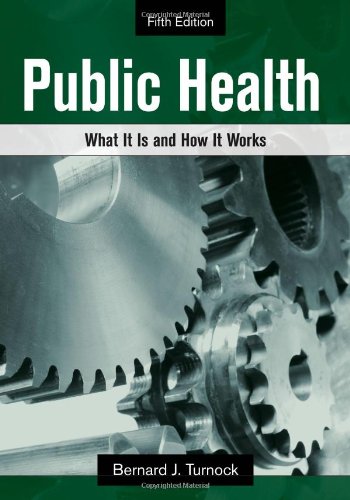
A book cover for Public Health: What It Is and How It Works; Bernard J. Turnock; Medical Books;